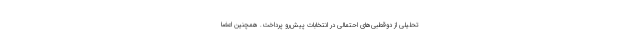
تحلیلی از دوقطبی‌های احتمالی در انتخابات پیش‌رو پرداخت. همچنین اعضا